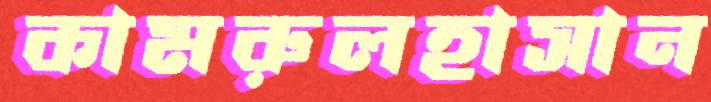
কামরুলহাসান